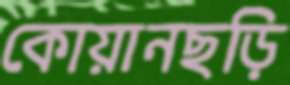
কোয়ানছড়ি